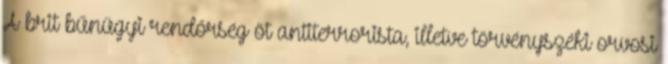
A brit bűnügyi rendőrség öt antiterrorista, illetve törvényszéki orvosi